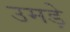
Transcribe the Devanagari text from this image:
उमड़े